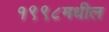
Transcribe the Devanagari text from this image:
१९९८मधील